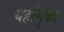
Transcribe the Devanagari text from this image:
यहाँमुक्त